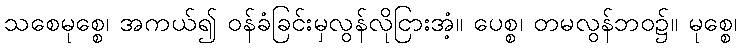
သစေမုစ္စေ၊ အကယ်၍ ဝန်ခံခြင်းမှလွန်လိုငြားအံ့။ ပေစ္စ၊ တမလွန်ဘဝ၌။ မုစ္စေ၊